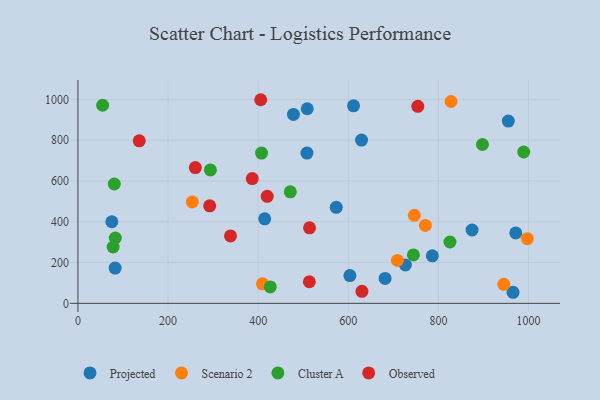
{"axis": {"x": "Study Hours", "y": "Profit"}, "legend": ["Cluster A", "Observed", "Projected", "Scenario 2"], "data": [{"x": "629.4", "y": 800.5, "type": "Projected"}, {"x": "786.5", "y": 233.0, "type": "Projected"}, {"x": "874.8", "y": 359.5, "type": "Projected"}, {"x": "478.3", "y": 926.0, "type": "Projected"}, {"x": "414.5", "y": 414.1, "type": "Projected"}, {"x": "603.6", "y": 136.1, "type": "Projected"}, {"x": "611.7", "y": 968.5, "type": "Projected"}, {"x": "965.7", "y": 54.2, "type": "Projected"}, {"x": "75.2", "y": 400.1, "type": "Projected"}, {"x": "508.9", "y": 954.1, "type": "Projected"}, {"x": "971.7", "y": 345.1, "type": "Projected"}, {"x": "955.2", "y": 893.6, "type": "Projected"}, {"x": "573.3", "y": 470.6, "type": "Projected"}, {"x": "82.6", "y": 173.1, "type": "Projected"}, {"x": "726.7", "y": 187.9, "type": "Projected"}, {"x": "508.3", "y": 736.5, "type": "Projected"}, {"x": "681.7", "y": 122.3, "type": "Projected"}, {"x": "828.1", "y": 989.6, "type": "Scenario 2"}, {"x": "409.5", "y": 95.8, "type": "Scenario 2"}, {"x": "945.1", "y": 93.3, "type": "Scenario 2"}, {"x": "771.2", "y": 381.9, "type": "Scenario 2"}, {"x": "709.1", "y": 210.3, "type": "Scenario 2"}, {"x": "746.6", "y": 431.6, "type": "Scenario 2"}, {"x": "253.9", "y": 496.8, "type": "Scenario 2"}, {"x": "997.5", "y": 317.1, "type": "Scenario 2"}, {"x": "407.5", "y": 736.7, "type": "Cluster A"}, {"x": "54.8", "y": 971.2, "type": "Cluster A"}, {"x": "825.7", "y": 300.8, "type": "Cluster A"}, {"x": "80.7", "y": 585.2, "type": "Cluster A"}, {"x": "82.9", "y": 320.3, "type": "Cluster A"}, {"x": "426.9", "y": 80.2, "type": "Cluster A"}, {"x": "471.3", "y": 546.8, "type": "Cluster A"}, {"x": "78.1", "y": 276.1, "type": "Cluster A"}, {"x": "897.8", "y": 778.7, "type": "Cluster A"}, {"x": "989.4", "y": 742.0, "type": "Cluster A"}, {"x": "293.9", "y": 654.2, "type": "Cluster A"}, {"x": "744.5", "y": 237.1, "type": "Cluster A"}, {"x": "260.6", "y": 665.7, "type": "Observed"}, {"x": "420.1", "y": 524.8, "type": "Observed"}, {"x": "338.6", "y": 330.3, "type": "Observed"}, {"x": "754.3", "y": 966.0, "type": "Observed"}, {"x": "514.0", "y": 370.4, "type": "Observed"}, {"x": "136.1", "y": 797.0, "type": "Observed"}, {"x": "630.3", "y": 58.7, "type": "Observed"}, {"x": "405.7", "y": 998.3, "type": "Observed"}, {"x": "386.9", "y": 611.9, "type": "Observed"}, {"x": "513.6", "y": 105.9, "type": "Observed"}, {"x": "292.4", "y": 478.0, "type": "Observed"}]}